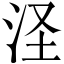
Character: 𣲾